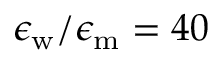
\epsilon _ { \mathrm { w } } / \epsilon _ { \mathrm { m } } = 4 0